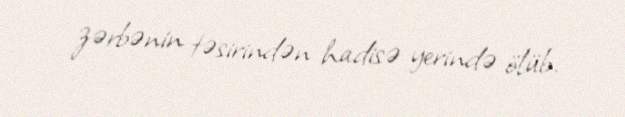
zərbənin təsirindən hadisə yerində ölüb.